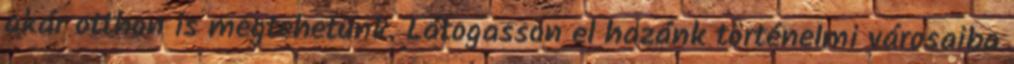
akár otthon is megtehetünk. Látogasson el hazánk történelmi városaiba